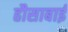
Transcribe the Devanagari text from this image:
हौसाबाई